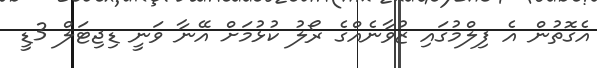
އެގޮތުން އެ ފިލްމުގައި ޒުވާނެއްގެ ރޯލު ކުޅުމަށް އޭނާ ވަނީ ޑިޖިޓަލް 3ޑީ